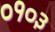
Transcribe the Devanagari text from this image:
०१०३